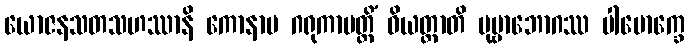
ယောဇနသတသဟဿာနိ ကောနာမ ဂရုကာပတ္တိံ ဝိယတ္တာတိ ပုဗ္ဗာဘောဂဿ ပါမောက္ခေ